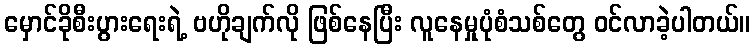
မှောင်ခိုစီးပွားရေးရဲ့ ဗဟိုချက်လို ဖြစ်နေပြီး လူနေမှုပုံစံသစ်တွေ ဝင်လာခဲ့ပါတယ်။